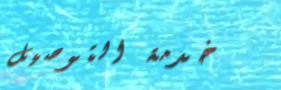
خدمة التوصيل